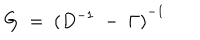
G \; = \; { ( D ^ { - 1 } \; - \; \Gamma ) } ^ { - 1 } \;